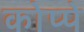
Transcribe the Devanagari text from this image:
कोप्पे